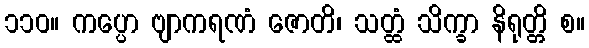
၁၁၀။ ကပ္ပော ဗျာကရဏံ ဇောတိ၊ သတ္ထံ သိက္ခာ နိရုတ္တိ စ။